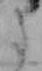
た